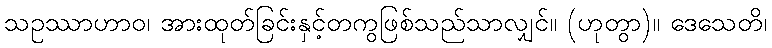
သဥဿာဟာဝ၊ အားထုတ်ခြင်းနှင့်တကွဖြစ်သည်သာလျှင်။ (ဟုတွာ)။ ဒေသေတိ၊